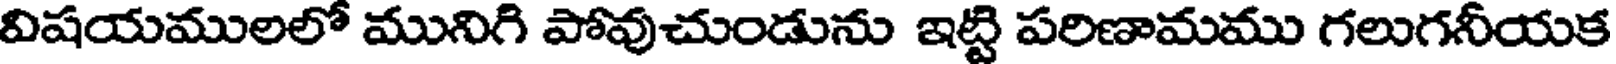
విషయములలో మునిగి పోవుచుండును ఇట్టి పరిణామము గలుగనీయక